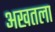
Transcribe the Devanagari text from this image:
अखतला